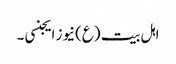
اہل بیت (ع)نیوز ایجنسی ۔